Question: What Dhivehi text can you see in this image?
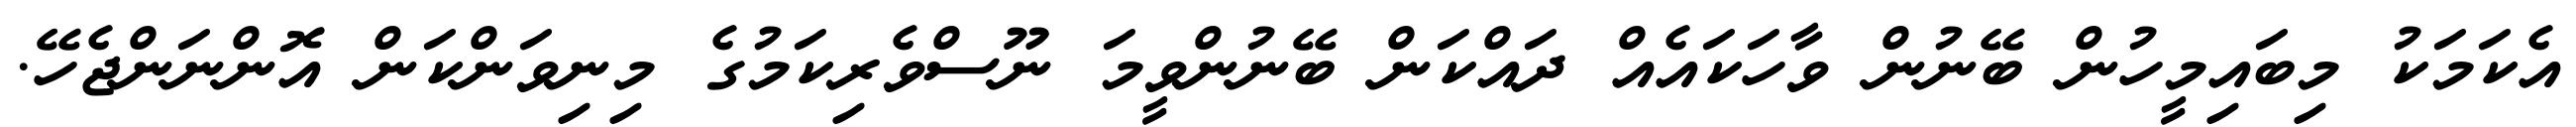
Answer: އެކަމަކު މިބައިމީހުން ބޭނުން ވާހަކައެއް ދައްކަން ބޭނުންވީމަ ނޫސްވެރިކަމުގެ މިނިވަންކަން އޮންނަންޖެހޭ.